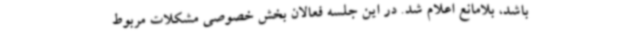
باشد، بلامانع اعلام شد. در این جلسه فعالان بخش خصوصی مشکلات مربوط